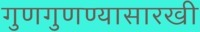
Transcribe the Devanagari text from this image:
गुणगुणण्यासारखी